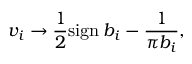
v _ { i } \to \frac { 1 } { 2 } \mathrm { s i g n } \: b _ { i } - \frac { 1 } { \pi b _ { i } } ,